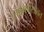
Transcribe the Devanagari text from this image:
लक्ष्मणसोबत